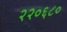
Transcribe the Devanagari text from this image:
२२०६८०